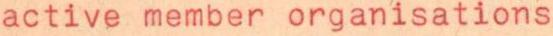
active member organisations